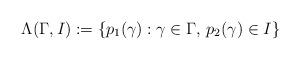
LaTeX: \begin{align*}\Lambda(\Gamma,I):=\{p_1(\gamma):\gamma\in\Gamma,\, p_2(\gamma)\in I\} \end{align*}